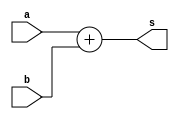
module somador(a, b, s);
	input [31:0]a, b;
	output [31:0] s;
	assign s = a + b;
endmodule